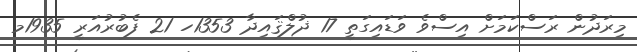
މިރަދުން ރަސްކަމަށް އިސްވެ ވަޑައިގަތީ 17 ޛުލްޤައިދާ 1353ހ 21 ފެބުރުއަރީ 1935މ